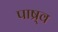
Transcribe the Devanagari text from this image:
पाष्र्व